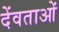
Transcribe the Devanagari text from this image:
देंवताओं